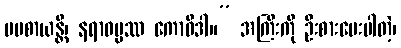
မပစာယန္တိ၊ နရာဓမ္မဿ ကောဝိဒါ။” အကြီးကို ဦးစားပေးပါတဲ့၊